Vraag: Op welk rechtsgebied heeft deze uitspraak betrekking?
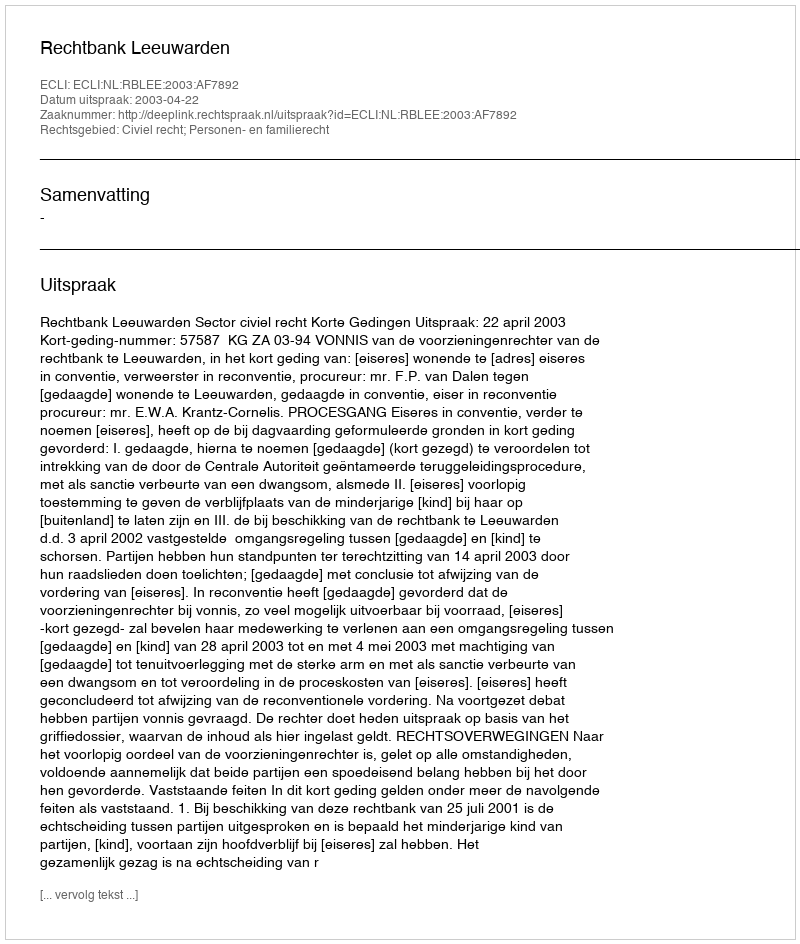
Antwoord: Civiel recht; Personen- en familierecht